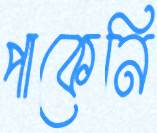
পাকেনি